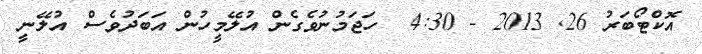
އޮކްޓޯބަރު 26